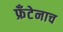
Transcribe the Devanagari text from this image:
फ्रँटेनाच